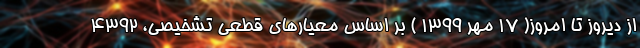
از دیروز تا امروز( ۱۷ مهر ۱۳۹۹ ) بر اساس معیارهای قطعی تشخیصی، ۴۳۹۲